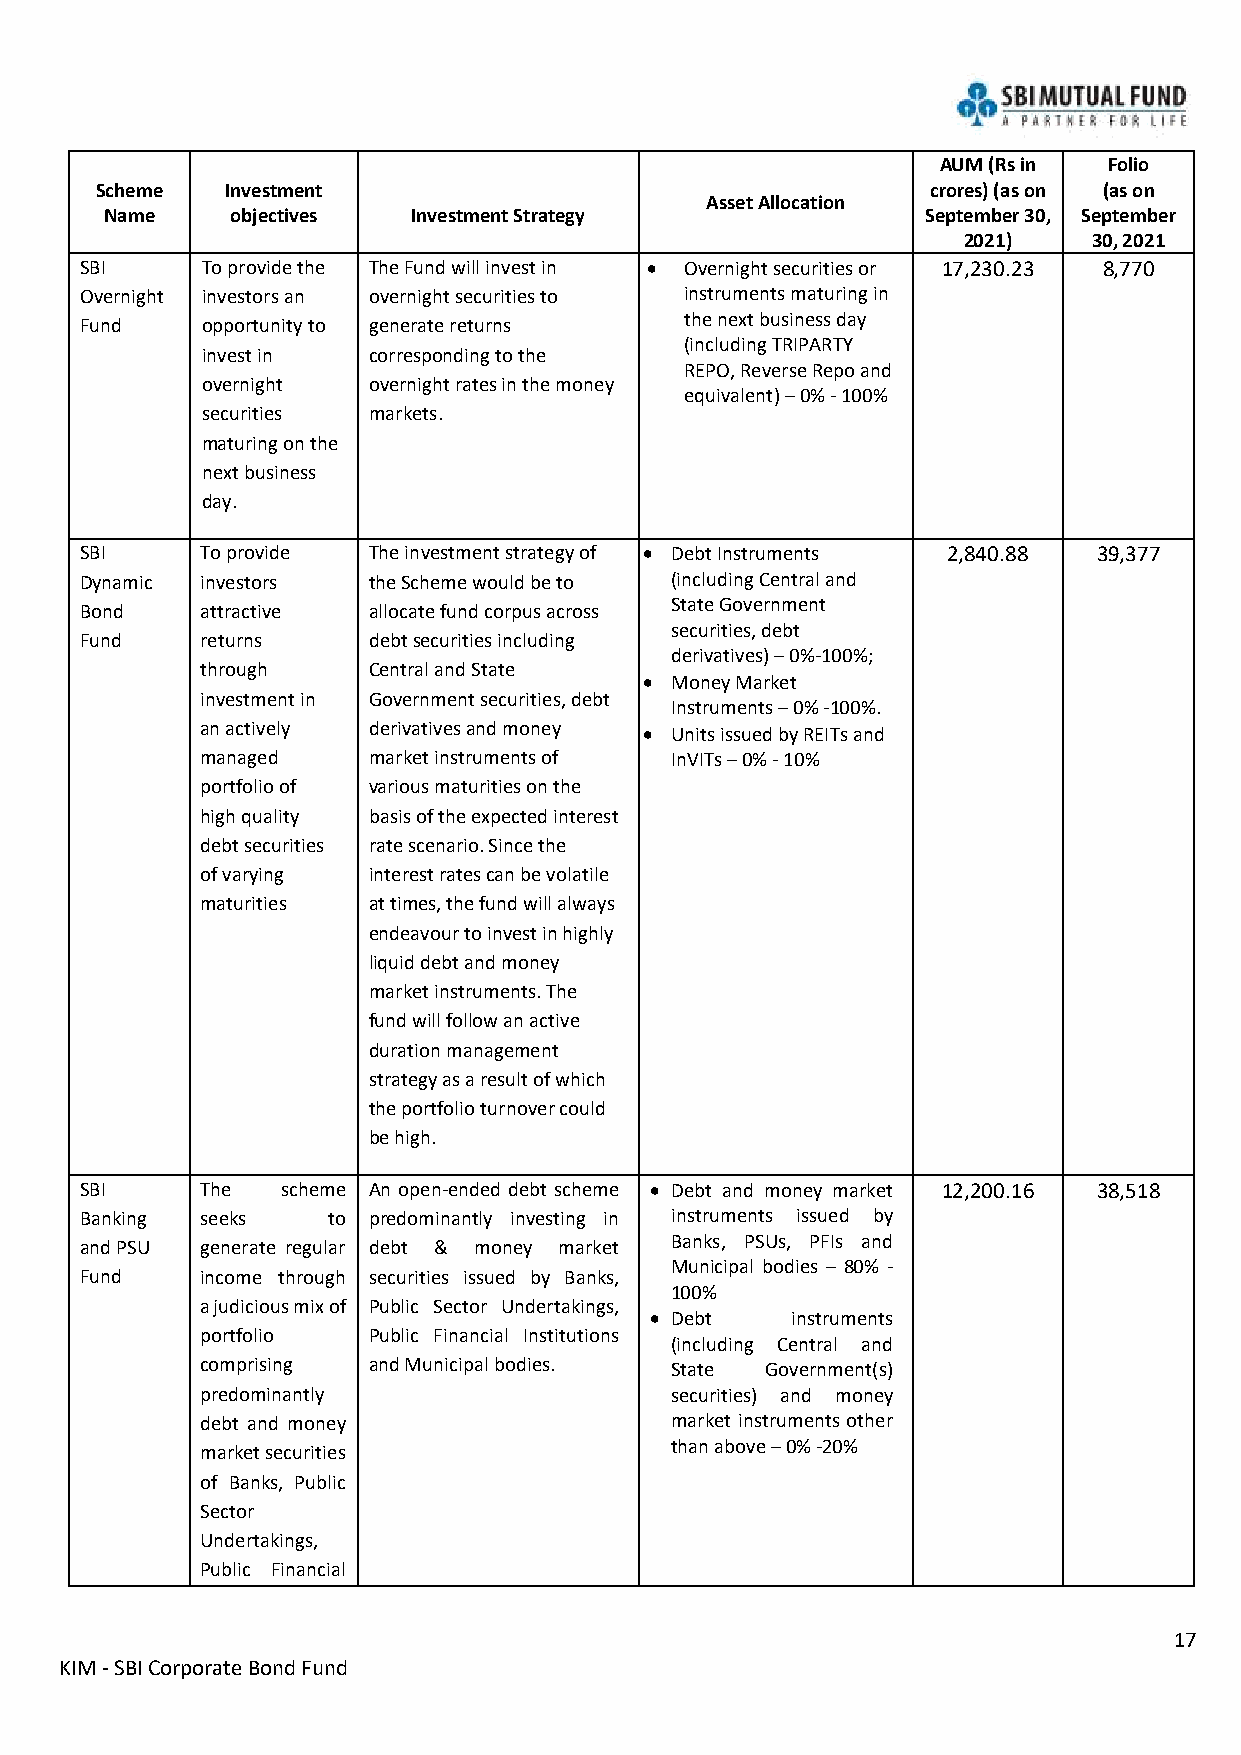
AUM (Rs in Folio
 Scheme   Investment                                     crores) (as on (as on
 Asset Allocation
 Name    objectives  Investment Strategy               September 30, September
 2021)   30, 2021
 SBI     To provide the The Fund will invest in • Overnight securities or 17,230.23 8,770
 Overnight investors an overnight securities to instruments maturing in
 Fund    opportunity to generate returns the next business day
 (including TRIPARTY
 invest in  corresponding to the
 REPO, Reverse Repo and
 overnight  overnight rates in the money
 equivalent) – 0% - 100%
 securities markets.
 maturing on the
 next business
 day.
 SBI     To provide The investment strategy of • Debt Instruments 2,840.88 39,377
 Dynamic investors  the Scheme would be to (including Central and
 Bond    attractive allocate fund corpus across
 State Government
 securities, debt
 Fund    returns    debt securities including
 derivatives) – 0%-100%;
 through    Central and State
 • Money Market
 investment in Government securities, debt
 Instruments – 0% -100%.
 an actively derivatives and money • Units issued by REITs and
 managed    market instruments of InVITs – 0% - 10%
 portfolio of various maturities on the
 high quality basis of the expected interest
 debt securities rate scenario. Since the
 of varying interest rates can be volatile
 maturities at times, the fund will always
 endeavour to invest in highly
 liquid debt and money
 market instruments. The
 fund will follow an active
 duration management
 strategy as a result of which
 the portfolio turnover could
 be high.
 SBI     The   scheme An open-ended debt scheme • Debt and money market 12,200.16 38,518
 Banking seeks    to predominantly investing in instruments issued by
 and PSU generate regular debt & money market
 Banks, PSUs, PFIs and
 Municipal bodies – 80% -
 Fund    income through securities issued by Banks,
 100%
 a judicious mix of Public Sector Undertakings,
 • Debt   instruments
 portfolio  Public Financial Institutions
 (including Central and
 comprising and Municipal bodies. State Government(s)
 predominantly                  securities) and money
 debt and money                 market instruments other
 than above – 0% -20%
 market securities
 of Banks, Public
 Sector
 Undertakings,
 Public Financial
 17
 KIM - SBI Corporate Bond Fund